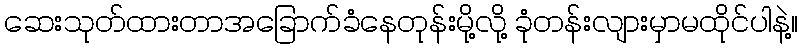
ဆေးသုတ်ထားတာအခြောက်ခံနေတုန်းမို့လို့ ခုံတန်းလျားမှာမထိုင်ပါနဲ့။